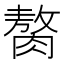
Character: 𫆰